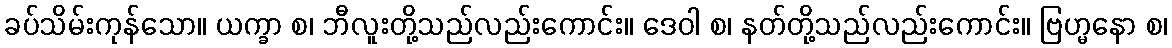
ခပ်သိမ်းကုန်သော။ ယက္ခာ စ၊ ဘီလူးတို့သည်လည်းကောင်း။ ဒေဝါ စ၊ နတ်တို့သည်လည်းကောင်း။ ဗြဟ္မနော စ၊